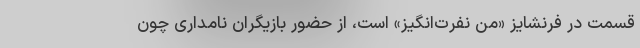
قسمت در فرنشایز «من نفرت‌انگیز» است، از حضور بازیگران نامداری چون